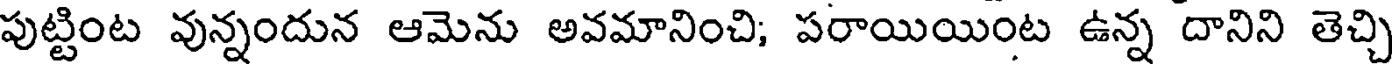
పుట్టింట వున్నందున ఆమెను అవమానించి; పరాయియింట ఉన్న దానిని తెచ్చి